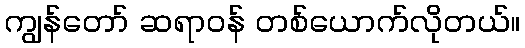
ကျွန်တော် ဆရာဝန် တစ်ယောက်လိုတယ်။